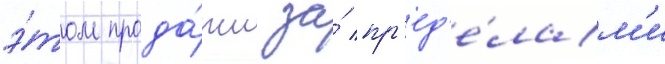
э́том прода́жи за́ пр'ед'е́лам'и